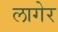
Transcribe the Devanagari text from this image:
लागेर